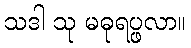
သဒါ သု မဓုရပ္ဖလာ။